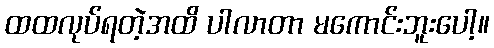
ထထလုပ်ရတဲ့အထိ ပါလာတာ မကောင်းဘူးပေါ့။